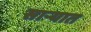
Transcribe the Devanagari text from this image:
साऱ्यात